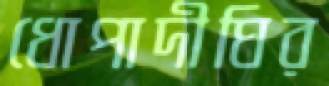
ধোপাদীঘির